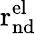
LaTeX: \mathrm{r_{nd}^{el}}